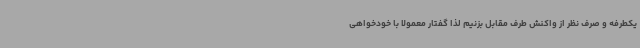
یکطرفه و صرف نظر از واکنش طرف مقابل بزنیم لذا گفتار معمولا با خودخواهی